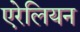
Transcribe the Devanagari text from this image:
एरेलियन